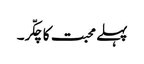
پہلے محبت کا چکّر۔